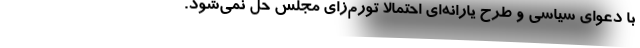
با دعوای سیاسی و طرح یارانه‌ای احتمالاً تورم‌زای مجلس حل نمی‌شود.